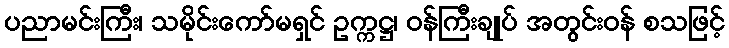
ပညာမင်းကြီး၊ သမိုင်းကော်မရှင် ဥက္ကဋ္ဌ၊ ဝန်ကြီးချုပ် အတွင်းဝန် စသဖြင့်